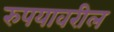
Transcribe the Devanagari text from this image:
रुपयावरील